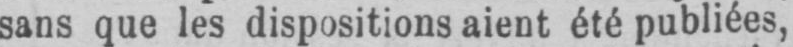
sans que les dispositions aient été publiées,